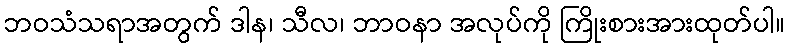
ဘဝသံသရာအတွက် ဒါန၊ သီလ၊ ဘာဝနာ အလုပ်ကို ကြိုးစားအားထုတ်ပါ။